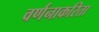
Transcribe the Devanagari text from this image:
वर्णनाकरिता